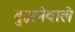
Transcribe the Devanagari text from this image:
बुझनेवाले